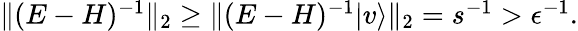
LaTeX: \begin{array}{r}{\| (E-H)^{-1}\| _{2}\ge\| (E-H)^{-1}|v\rangle\| _{2}=s^{-1}>\epsilon^{-1}.}\end{array}